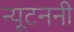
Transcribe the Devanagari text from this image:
न्यूटननी